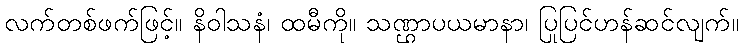
လက်တစ်ဖက်ဖြင့်။ နိဝါသနံ၊ ထမီကို။ သဏ္ဌာပယမာနာ၊ ပြုပြင်ဟန်ဆင်လျက်။